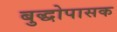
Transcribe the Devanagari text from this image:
बुद्धोपासक